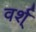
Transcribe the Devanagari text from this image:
वर्श्